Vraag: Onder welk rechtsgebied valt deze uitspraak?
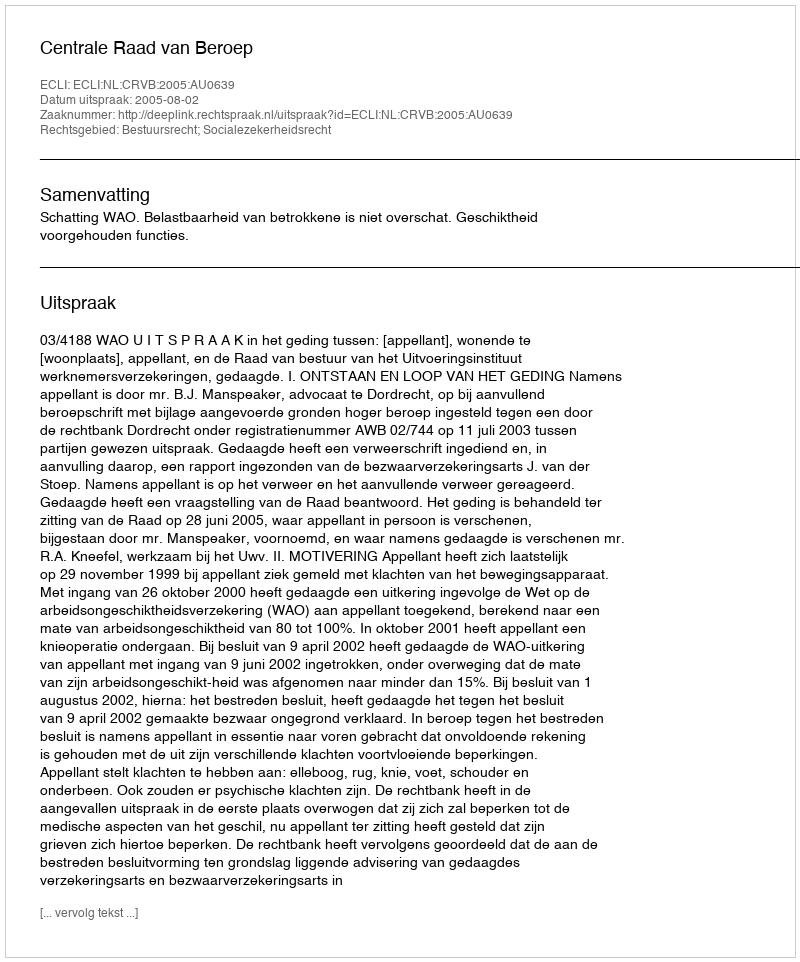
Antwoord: Bestuursrecht; Socialezekerheidsrecht